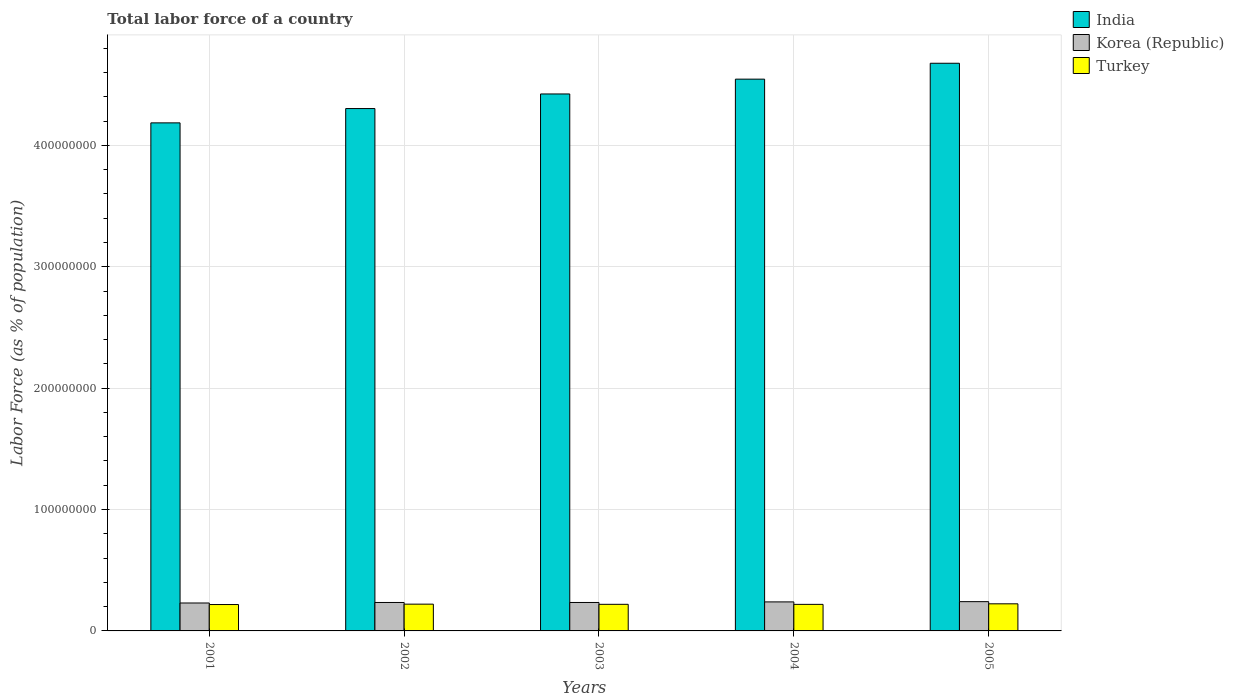
| Years | India | Korea (Republic) | Turkey |
 | --- | --- | --- | --- |
 | 2001 | 4.19e+08 | 2.3e+07 | 2.17e+07 |
 | 2002 | 4.3e+08 | 2.34e+07 | 2.21e+07 |
 | 2003 | 4.42e+08 | 2.34e+07 | 2.19e+07 |
 | 2004 | 4.55e+08 | 2.39e+07 | 2.19e+07 |
 | 2005 | 4.68e+08 | 2.41e+07 | 2.23e+07 |